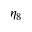
\eta _ { 8 }